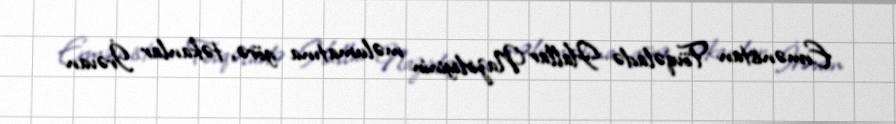
Ermənistan Fövqəladə Hallar Nazirliyinin məlumatına görə, təkanlar İrəvan